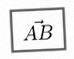
\vec{AB}